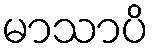
မာသာပိ